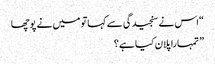
“اس نے سنجیدگی سے کہاتو میں نے پوچھا
” تمہارا پلان کیا ہے؟